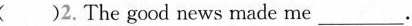
( )2.The good news made me___.